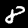
Label: 8